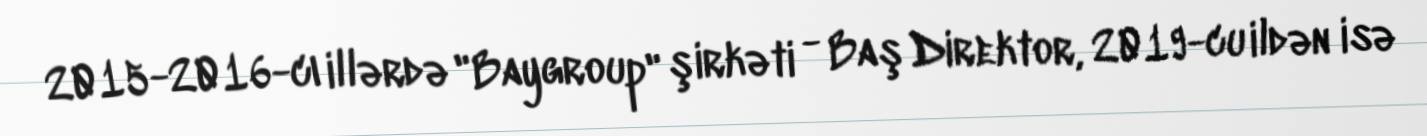
2015-2016-cı illərdə "Baygroup" şirkəti - Baş Direktor, 2019-cu ildən isə